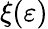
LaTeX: \xi(\varepsilon)